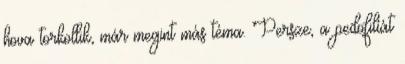
hova torkollik, már megint más téma. Persze, a pedofilíát